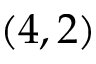
( 4 , 2 )